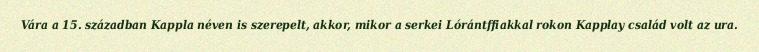
Vára a 15. században Kappla néven is szerepelt, akkor, mikor a serkei Lórántffiakkal rokon Kapplay család volt az ura.